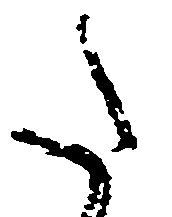
た